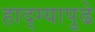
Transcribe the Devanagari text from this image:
हाद्ग्यापुढे